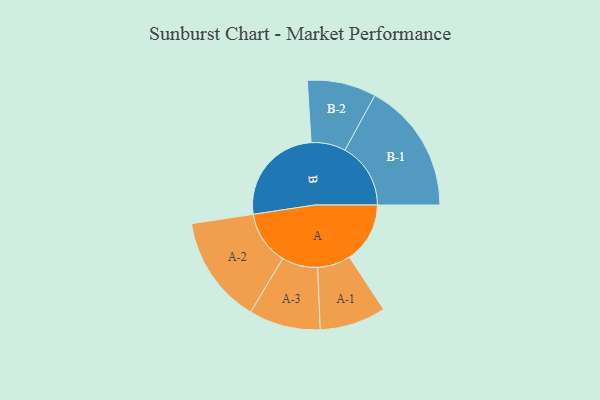
{"axis": {"x": "Segment", "y": "Value"}, "legend": ["", "A", "B"], "data": [{"x": "A", "y": 227, "type": ""}, {"x": "B", "y": 381, "type": ""}, {"x": "A-1", "y": 124, "type": "A"}, {"x": "A-2", "y": 202, "type": "A"}, {"x": "A-3", "y": 134, "type": "A"}, {"x": "B-1", "y": 246, "type": "B"}, {"x": "B-2", "y": 129, "type": "B"}]}